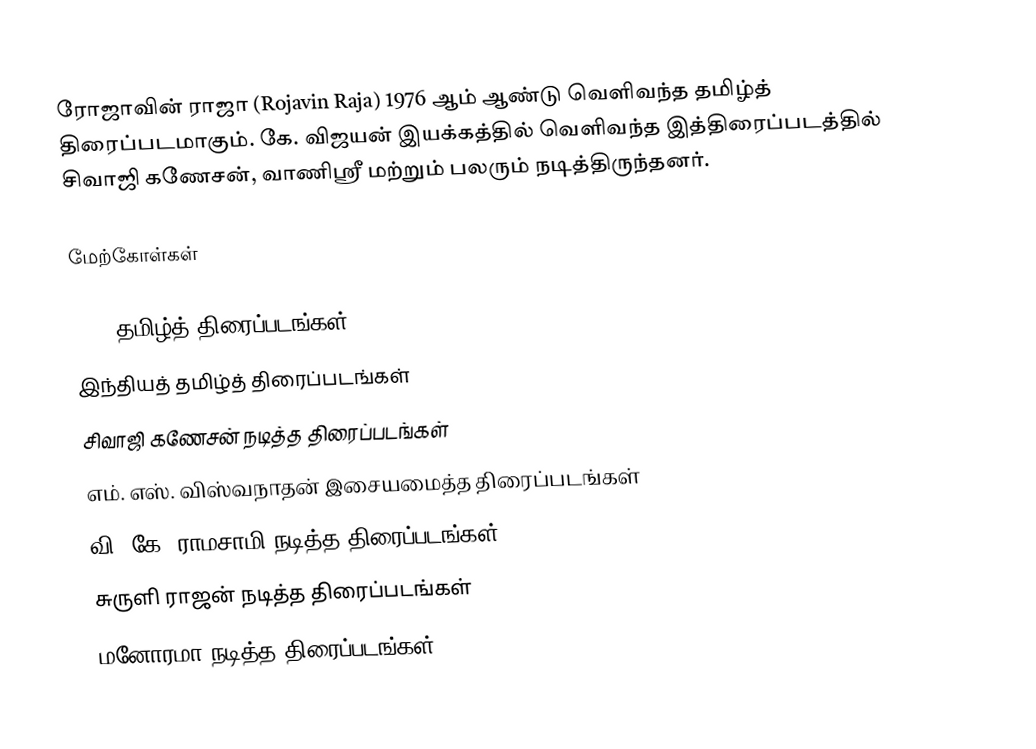
ரோஜாவின் ராஜா (Rojavin Raja) 1976 ஆம் ஆண்டு வெளிவந்த தமிழ்த் திரைப்படமாகும். கே. விஜயன் இயக்கத்தில் வெளிவந்த இத்திரைப்படத்தில் சிவாஜி கணேசன், வாணிஸ்ரீ மற்றும் பலரும் நடித்திருந்தனர்.

மேற்கோள்கள்

1976 தமிழ்த் திரைப்படங்கள்
இந்தியத் தமிழ்த் திரைப்படங்கள்
சிவாஜி கணேசன் நடித்த திரைப்படங்கள்
எம். எஸ். விஸ்வநாதன் இசையமைத்த திரைப்படங்கள்
வி. கே. ராமசாமி நடித்த திரைப்படங்கள்
சுருளி ராஜன் நடித்த திரைப்படங்கள்
மனோரமா நடித்த திரைப்படங்கள்